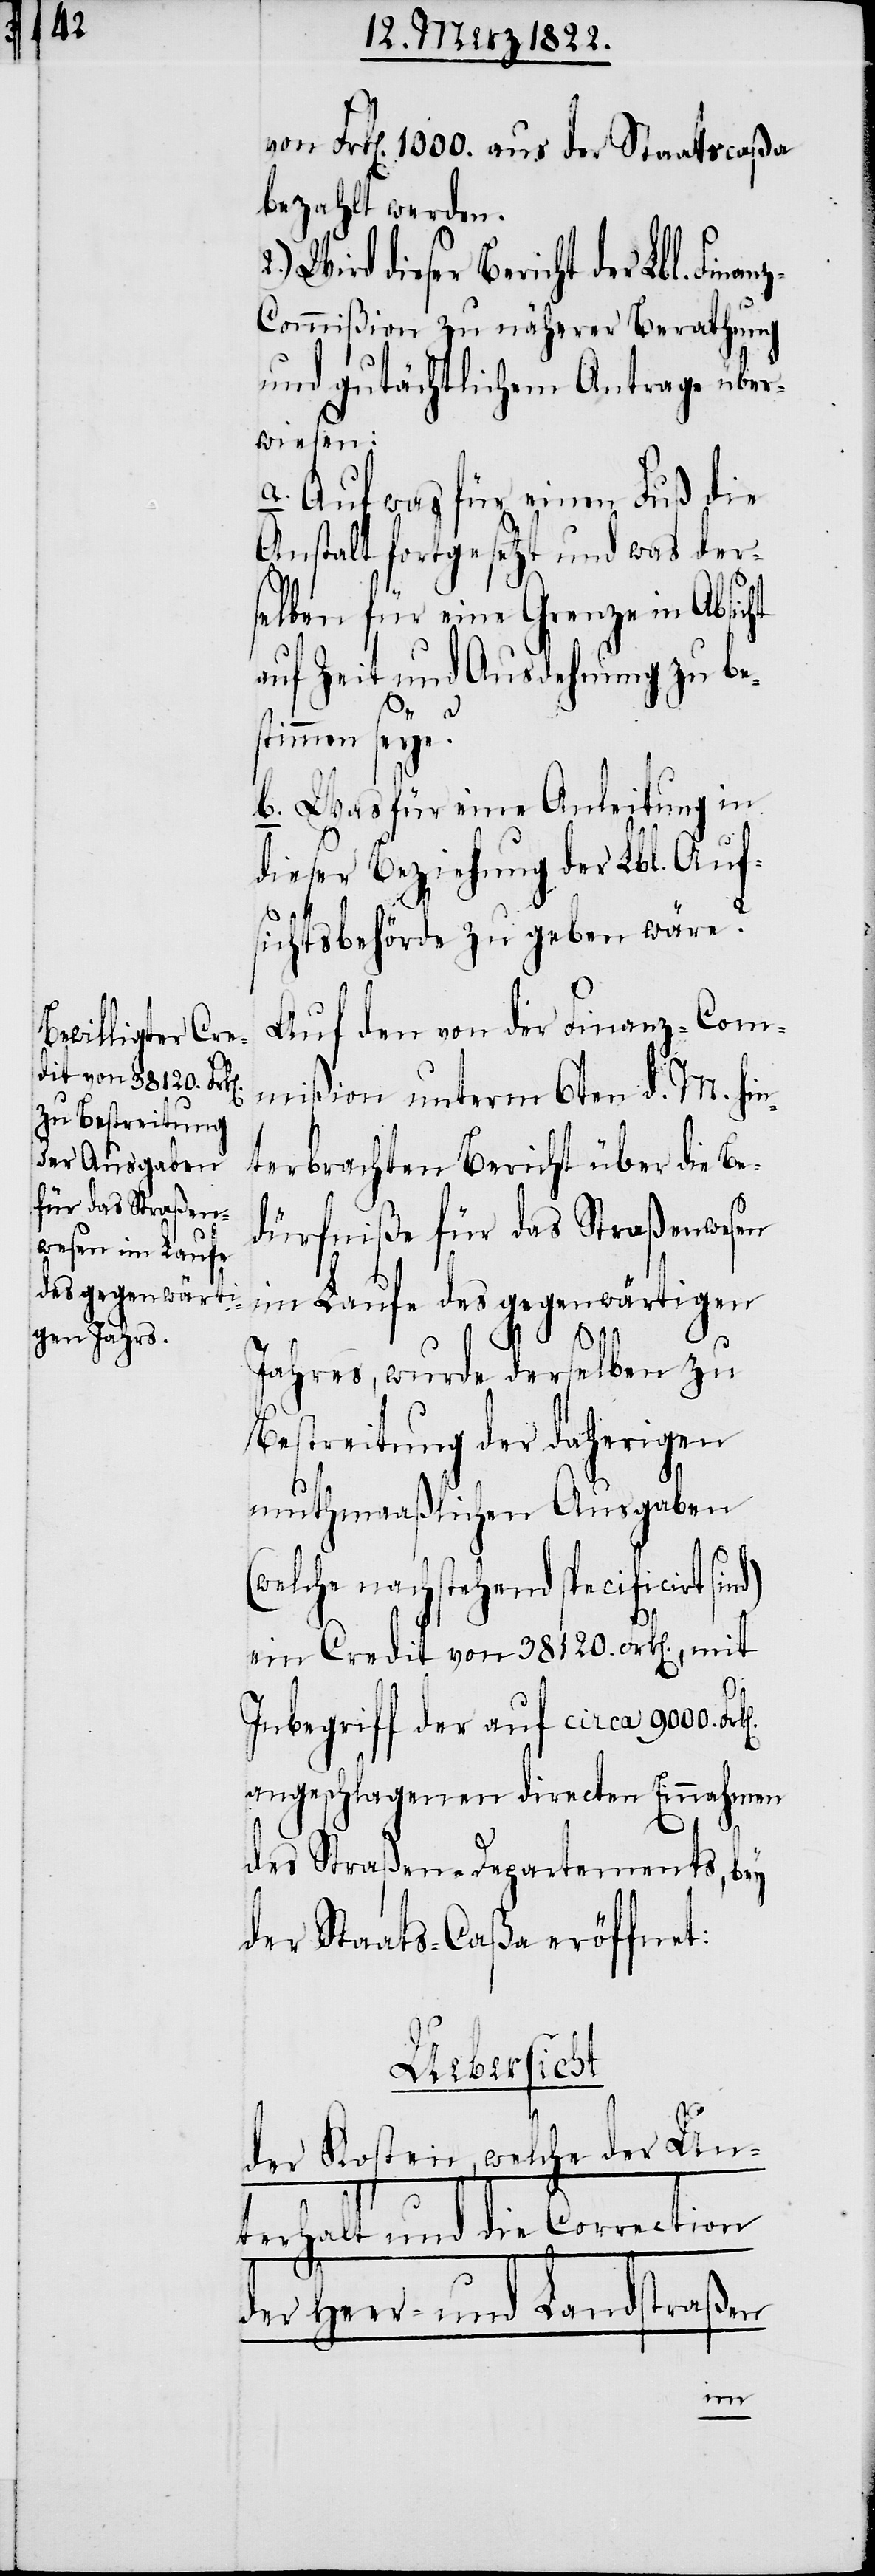
von Frk[en]. 1000. aus der Staatscaßa
bezahlt werden.
Wird dieser Bericht der Lbl. Fin¬
z-Commißion zu näherer Berathung
und gutächtlichem Antrage über¬
wiesen.
a. Auf was für einen Fuß die
Anstalt fortgesetzt und was der¬
selben für eine Grenze in Absicht
auf Zeit und Ausdehnung zu s¬
(w¬
timmen seye?
b. Was für eine Anleitung in
dieser Beziehung der Lbl. Auf¬
sichtsbehörde zu geben wäre?
Auf den von der Finanz-Com¬
mißion unterm 6ten d. M. hin¬
terbrachten Bericht über die Be¬
dürfniße für das Straßenwesen
im Laufe des gegenwärtigen
Jahres, wurde derselben zu
Bestreitung der daherigen
muthmaaßlichen Ausgaben
elche nachstehend specificirt
ein Credit von 38120. Frk[en]., mit
Inbegriff der auf circa 9000. Fr¬
angeschlagenen directen Einnahmen
des Straßen-Departements, bey
der Staats-Caßa eröffnet:
Uebersicht
der Kosten, welche der Un¬
terhalt und die Correction
der Heer- und Landstraßen
k[en].